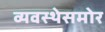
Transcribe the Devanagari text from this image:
व्यवस्थेसमोर